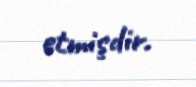
etmişdir.